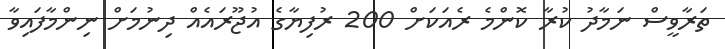
ތަރާވީސް ނަމާދު ކުރާ ކޮންމެ ރެއަކަށް 200 ރުފިޔާގެ އުޖޫރައެއް ދިނުމަށް ނިންމާފައިވާ